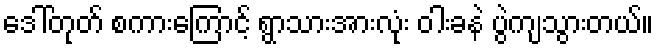
ဒေါ်တုတ် စကားကြောင့် ရွာသားအားလုံး ဝါးခနဲ ပွဲကျသွားတယ်။